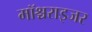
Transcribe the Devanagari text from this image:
मॉश्चराइजर